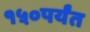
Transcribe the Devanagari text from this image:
१५०पर्यंत